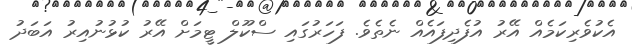
އެކުވެރިކަމެއް އޭރު އުފެދިފައެއް ނެތެވެ. ފަހަރުގައި ސްކޫލް ޓީމަށް އޭރު ކުޅުނުއިރު އަބަދު